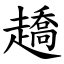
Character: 趫